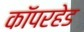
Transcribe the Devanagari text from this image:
कॉपरहेड